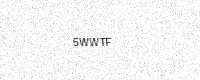
Text: 5WWTF